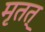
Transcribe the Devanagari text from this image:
मृतत्